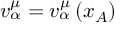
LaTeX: v _ { \alpha } ^ { \mu } = v _ { \alpha } ^ { \mu } \left( x _ { A } \right)